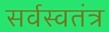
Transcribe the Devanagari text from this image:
सर्वस्वतंत्र